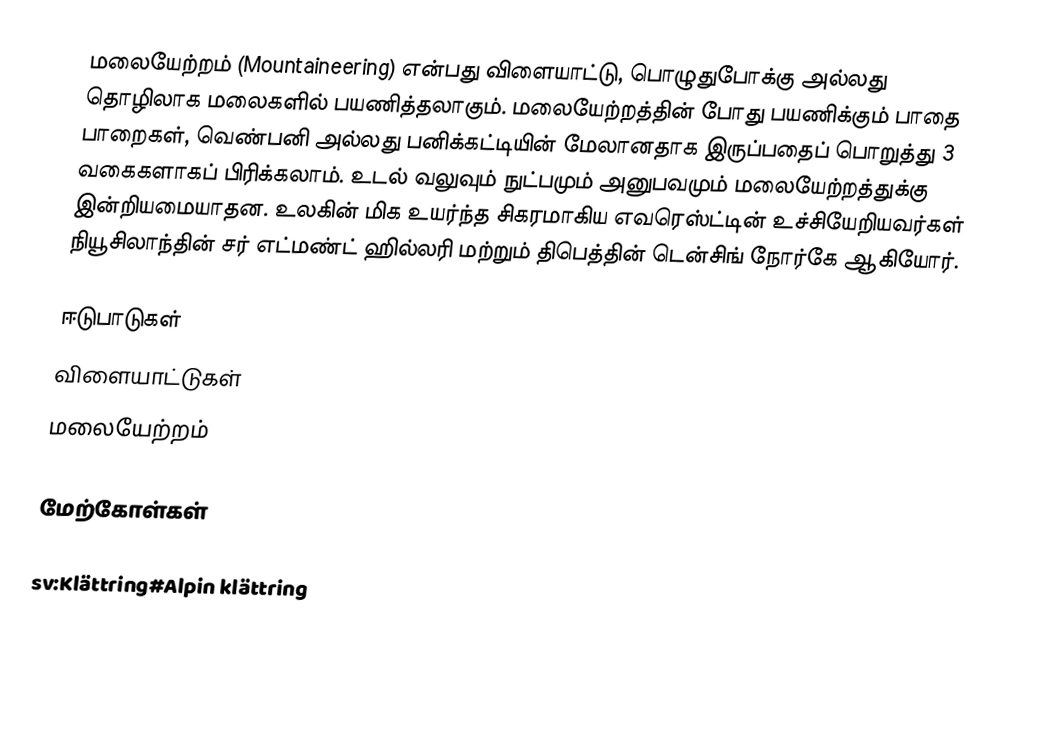
மலையேற்றம் (Mountaineering) என்பது விளையாட்டு, பொழுதுபோக்கு அல்லது தொழிலாக மலைகளில் பயணித்தலாகும். மலையேற்றத்தின் போது பயணிக்கும் பாதை பாறைகள், வெண்பனி அல்லது பனிக்கட்டியின் மேலானதாக இருப்பதைப் பொறுத்து 3 வகைகளாகப் பிரிக்கலாம். உடல் வலுவும் நுட்பமும் அனுபவமும் மலையேற்றத்துக்கு இன்றியமையாதன. உலகின் மிக உயர்ந்த சிகரமாகிய எவரெஸ்ட்டின் உச்சியேறியவர்கள் நியூசிலாந்தின் சர் எட்மண்ட் ஹில்லரி மற்றும் திபெத்தின் டென்சிங் நோர்கே ஆகியோர்.

ஈடுபாடுகள்
விளையாட்டுகள்
மலையேற்றம்

மேற்கோள்கள்

sv:Klättring#Alpin klättring